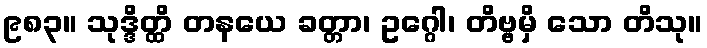
၉၈၃။ သုဒ္ဒိတ္ထိ တနယေ ခတ္တာ၊ ဥဂ္ဂေါ၊ တိဗ္ဗမှိ သော တိသု။